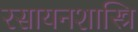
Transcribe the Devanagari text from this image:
रसायनशास्त्रि